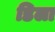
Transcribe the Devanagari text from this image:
डिला